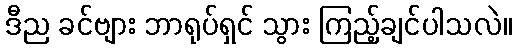
ဒီည ခင်ဗျား ဘာရုပ်ရှင် သွား ကြည့်ချင်ပါသလဲ။